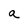
Character: a